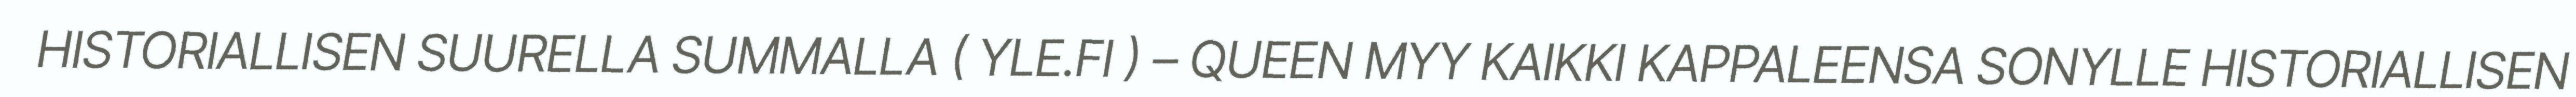
HISTORIALLISEN SUURELLA SUMMALLA ( YLE.FI ) – QUEEN MYY KAIKKI KAPPALEENSA SONYLLE HISTORIALLISEN